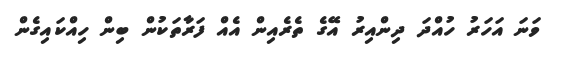
ވަނަ އަހަރު ހުއްދަ ދިންއިރު އޭގެ ތެރެއިން އެއް ފަރާތަކުން ބިން ހިއްކައިގެން